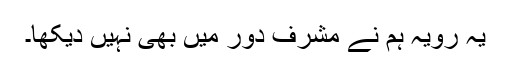
یہ رویہ ہم نے مشرف دور میں بھی نہیں دیکھا۔